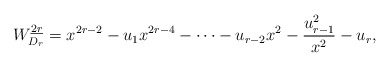
\begin{align*}W_{D_r}^{\underline{2r}}=x^{2r-2}-u_1x^{2r-4}- \cdots -u_{r-2}x^2-{u_{r-1}^2 \over x^2}-u_{r},\end{align*}